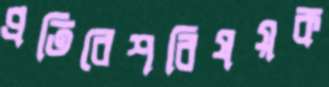
প্রতিবেশবিষয়ক